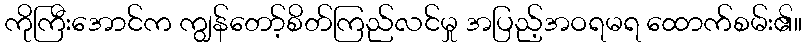
ကိုကြီးအောင်က ကျွန်တော့်စိတ်ကြည်လင်မှု အပြည့်အဝရမရ ထောက်စမ်း၏။